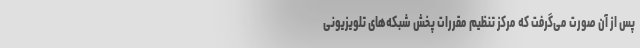
پس از آن صورت می‌گرفت که مرکز تنظیم مقررات پخش شبکه‌های تلویزیونی